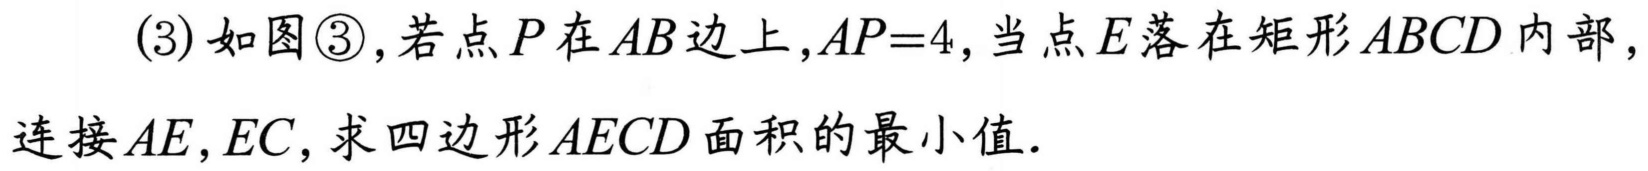
(3) 如图\textcircled{3}, 若点\(P\)在\(AB\)边上,\(AP = 4\), 当点\(E\)落在矩形\(ABCD\)内部, 连接\(AE,EC\), 求四边形\(AECD\)面积的最小值.